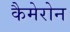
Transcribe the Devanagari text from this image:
कैमेरोन